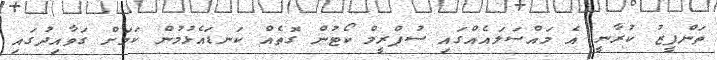
ތަންފީޒު ކުރާނީ އެ މައްސަލައެއްގައި ސުޕްރީމް ކޯޓުން ގޮތެއް ކަނޑައެޅުމުން ކަމަށް ގަވާއިދުގައި